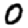
Digit: 0